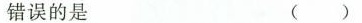
错误的是 ( )